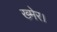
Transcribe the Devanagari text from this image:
ख्मेर।